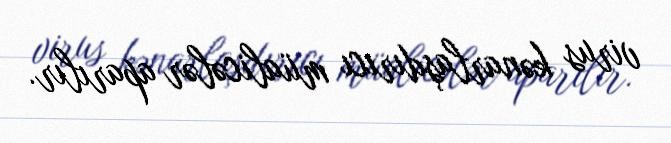
virus kənarlaşdırıcı müalicələr aparılır.